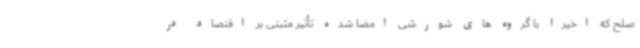
صلح که اخیراً با گروه های شورشی امضا شده تأثیر مثبتی بر اقتصاد در